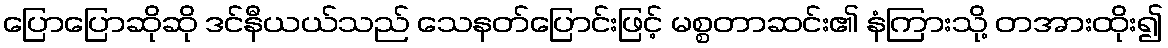
ပြောပြောဆိုဆို ဒင်နီယယ်သည် သေနတ်ပြောင်းဖြင့် မစ္စတာဆင်း၏ နံကြားသို့ တအားထိုး၍